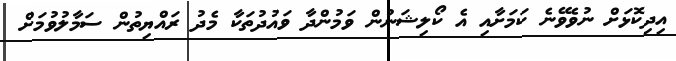
އިދިކޮޅަށް ނުވެވޭނެ ކަމަށާއި އެ ކޯލިޝަނުން ވަމުންދާ ވައުދުތަކާ މެދު ރައްޔިތުން ސަމާލުވުމަށް